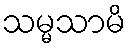
သမ္မသာမိ